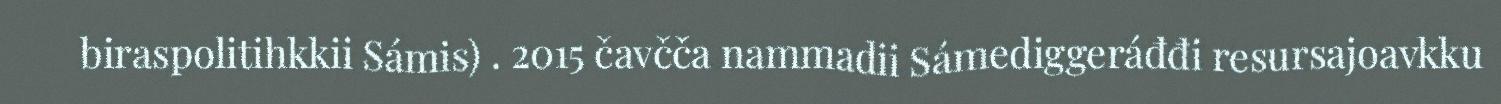
biraspolitihkkii Sámis) . 2015 čavčča nammadii Sámediggeráđđi resursajoavkku